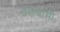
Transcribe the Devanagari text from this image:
परीणामी